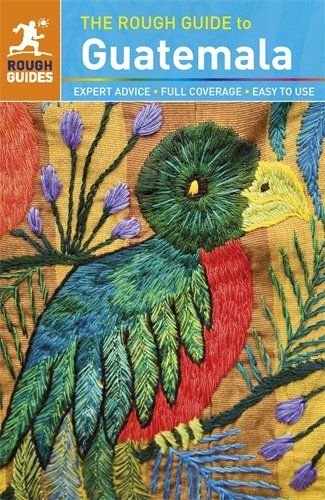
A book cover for The Rough Guide to Guatemala; Rough Guides; Travel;